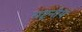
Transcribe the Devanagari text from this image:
राष्ट्रनीय